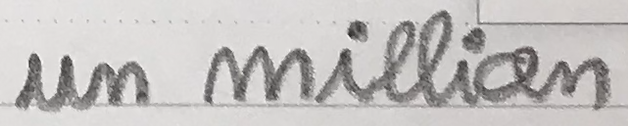
un million